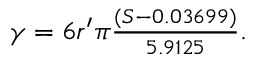
\begin{array} { r } { \gamma = 6 r ^ { \prime } \pi { \frac { ( S - 0 . 0 3 6 9 9 ) } { 5 . 9 1 2 5 } } . } \end{array}